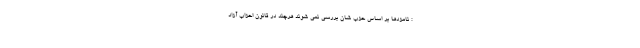
: نامزدها بر اساس حزب شان بررسی نمی شوند هرچند در قانون احزاب آزاد